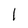
Character: 1